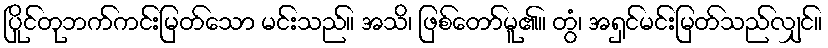
ပြိုင်တုဘက်ကင်းမြတ်သော မင်းသည်။ အသိ၊ ဖြစ်တော်မူ၏။ တွံ၊ အရှင်မင်းမြတ်သည်လျှင်။